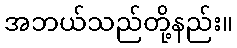
အဘယ်သည်တို့နည်း။